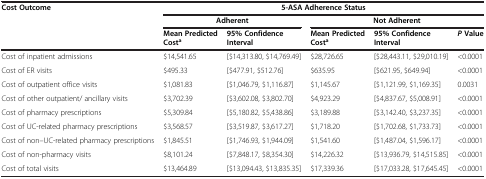
<table><thead><tr><td rowspan="3"><b>Cost Outcome</b></td><td colspan="5"><b>5-ASA Adherence Status</b></td></tr><tr><td colspan="2"><b>Adherent</b></td><td colspan="3"><b>Not Adherent</b></td></tr><tr><td><b>Mean Predicted Cost<sup>a</sup></b></td><td><b>95% Confidence Interval</b></td><td><b>Mean Predicted Cost<sup>a</sup></b></td><td><b>95% Confidence Interval</b></td><td><b><i>P </i>Value</b></td></tr></thead><tbody><tr><td>Cost of inpatient admissions</td><td>$14,541.65</td><td>[$14,313.80, $14,769.49]</td><td>$28,726.65</td><td>[$28,443.11, $29,010.19]</td><td>&lt;0.0001</td></tr><tr><td>Cost of ER visits</td><td>$495.33</td><td>[$477.91, $512.76]</td><td>$635.95</td><td>[$621.95, $649.94]</td><td>&lt;0.0001</td></tr><tr><td>Cost of outpatient office visits</td><td>$1,081.83</td><td>[$1,046.79, $1,116.87]</td><td>$1,145.67</td><td>[$1,121.99, $1,169.35]</td><td>0.0031</td></tr><tr><td>Cost of other outpatient/ ancillary visits</td><td>$3,702.39</td><td>[$3,602.08, $3,802.70]</td><td>$4,923.29</td><td>[$4,837.67, $5,008.91]</td><td>&lt;0.0001</td></tr><tr><td>Cost of pharmacy prescriptions</td><td>$5,309.84</td><td>[$5,180.82, $5,438.86]</td><td>$3,189.88</td><td>[$3,142.40, $3,237.35]</td><td>&lt;0.0001</td></tr><tr><td>Cost of UC-related pharmacy prescriptions</td><td>$3,568.57</td><td>[$3,519.87, $3,617.27]</td><td>$1,718.20</td><td>[$1,702.68, $1,733.73]</td><td>&lt;0.0001</td></tr><tr><td>Cost of non–UC-related pharmacy prescriptions</td><td>$1,845.51</td><td>[$1,746.93, $1,944.09]</td><td>$1,541.60</td><td>[$1,487.04, $1,596.17]</td><td>&lt;0.0001</td></tr><tr><td>Cost of non-pharmacy visits</td><td>$8,101.24</td><td>[$7,848.17, $8,354.30]</td><td>$14,226.32</td><td>[$13,936.79, $14,515.85]</td><td>&lt;0.0001</td></tr><tr><td>Cost of total visits</td><td>$13,464.89</td><td>[$13,094.43, $13,835.35]</td><td>$17,339.36</td><td>[$17,033.28, $17,645.45]</td><td>&lt;0.0001</td></tr></tbody></table>